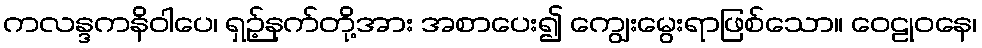
ကလန္ဒကနိဝါပေ၊ ရှဉ့်နက်တို့အား အစာပေး၍ ကျွေးမွေးရာဖြစ်သော။ ဝေဠုဝနေ၊